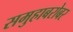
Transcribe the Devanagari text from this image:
समुहाबरोबर